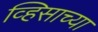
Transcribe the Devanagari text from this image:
व्हिसाच्या